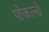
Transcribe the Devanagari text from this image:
पोकल्डे